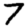
Digit: 7